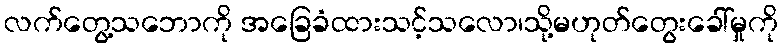
လက်တွေ့သဘောကို အခြေခံထားသင့်သလော၊သို့မဟုတ်တွေးခေါ်မှုကို